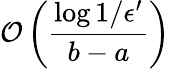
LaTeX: \mathcal{O}\left(\frac{\log{1/\epsilon^{\prime}}}{b-a}\right)